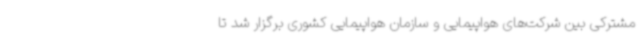
مشترکی بین شرکت‌های هواپیمایی و سازمان هواپیمایی کشوری برگزار شد تا